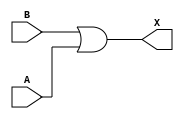
module sky130_fd_sc_ls__or2 (
    X,
    A,
    B
);

    // Module ports
    output X;
    input  A;
    input  B;

    // Local signals
    wire or0_out_X;

    //  Name  Output     Other arguments
    or  or0  (or0_out_X, B, A           );
    buf buf0 (X        , or0_out_X      );

endmodule